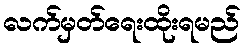
လက်မှတ်ရေးထိုးရမည်